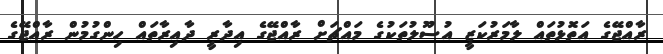
ރާއްޖޭގެ އަތޮޅުތައް ލާމަރުކަޒީ އުސޫލުތަކުގެ މައްޗަށް ރާއްޖޭގެ އިދާރީ ދާއިރާތައް ހިންގުމުން ރާއްޖޭގެ